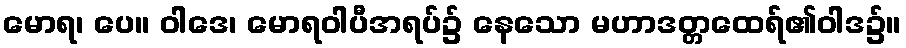
မောရ၊ ပေ။ ဝါဒေ၊ မောရဝါပီအရပ်၌ နေသော မဟာဒတ္တထေရ်၏ဝါဒ၌။